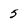
Character: 5